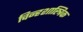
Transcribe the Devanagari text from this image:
चिन्हशास्त्रिक